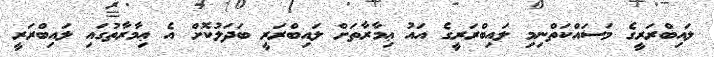
ލައިބްރަރީގެ މަސައްކަތްނިމި ލައިބްރަރީގެ އައު ޢިމާރާތަށް ލައިބްރަރީ ބަދަލުކޮށް އެ ޢިމާރާތުގައި ލައިބްރަރީ